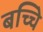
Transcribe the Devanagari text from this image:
बच्चेि